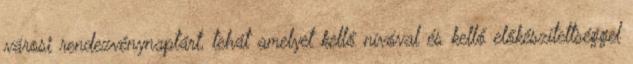
városi rendezvénynaptárt, tehát amelyet kellő nívóval és kellő előkészítettséggel